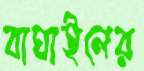
বাঘাইলের